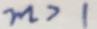
m > 1